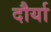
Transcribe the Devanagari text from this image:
दौर्या